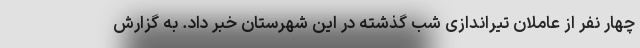
چهار نفر از عاملان تیراندازی شب گذشته در این شهرستان خبر داد. به گزارش